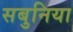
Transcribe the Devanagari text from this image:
सबुनिया